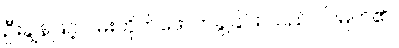
ဦးချွန်ဖြင့် ဝမ်းဘိုက်ဖောက်ခွဲခြင်း သည်ပင်မြတ်၏။